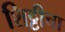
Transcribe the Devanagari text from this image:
शिट्टीचा